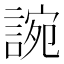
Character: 䛷